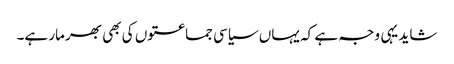
شاید یہی وجہ ہے کہ یہاں سیاسی جماعتوں کی بھی بھرمار ہے۔